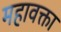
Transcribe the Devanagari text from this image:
महावक्ता